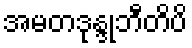
အမတဒုန္ဒုဘီတိပိ